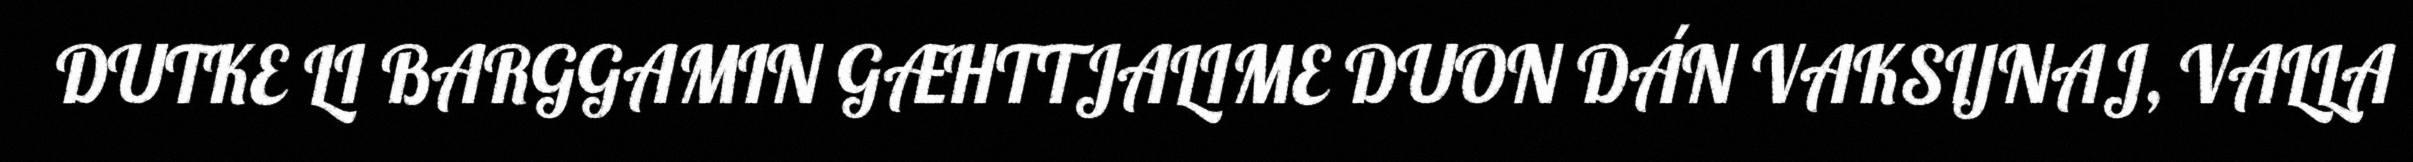
DUTKE LI BARGGAMIN GÆHTTJALIME DUON DÁN VAKSIJNAJ, VALLA